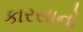
કારસાનો